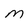
Character: M